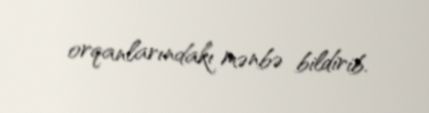
orqanlarındakı mənbə bildirib.